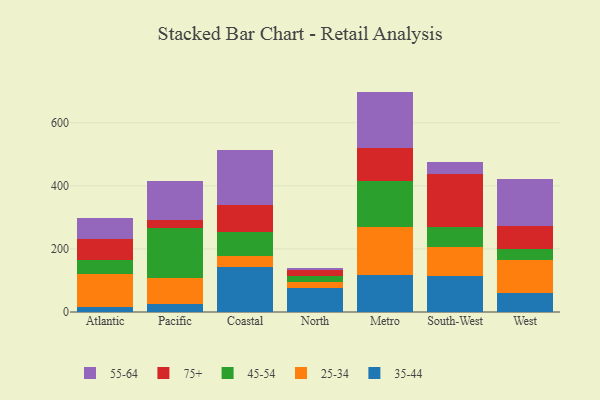
{"axis": {"x": "Region", "y": "Inventory Turnover"}, "legend": ["25-34", "35-44", "45-54", "55-64", "75+"], "data": [{"x": "Atlantic", "y": 14.3, "type": "35-44"}, {"x": "Atlantic", "y": 104.7, "type": "25-34"}, {"x": "Atlantic", "y": 46.9, "type": "45-54"}, {"x": "Atlantic", "y": 65.2, "type": "75+"}, {"x": "Atlantic", "y": 65.9, "type": "55-64"}, {"x": "Pacific", "y": 25.1, "type": "35-44"}, {"x": "Pacific", "y": 82.4, "type": "25-34"}, {"x": "Pacific", "y": 158.0, "type": "45-54"}, {"x": "Pacific", "y": 27.7, "type": "75+"}, {"x": "Pacific", "y": 122.8, "type": "55-64"}, {"x": "Coastal", "y": 143.3, "type": "35-44"}, {"x": "Coastal", "y": 33.3, "type": "25-34"}, {"x": "Coastal", "y": 77.0, "type": "45-54"}, {"x": "Coastal", "y": 86.1, "type": "75+"}, {"x": "Coastal", "y": 174.3, "type": "55-64"}, {"x": "North", "y": 77.6, "type": "35-44"}, {"x": "North", "y": 17.8, "type": "25-34"}, {"x": "North", "y": 19.7, "type": "45-54"}, {"x": "North", "y": 18.3, "type": "75+"}, {"x": "North", "y": 7.3, "type": "55-64"}, {"x": "Metro", "y": 117.2, "type": "35-44"}, {"x": "Metro", "y": 152.9, "type": "25-34"}, {"x": "Metro", "y": 146.4, "type": "45-54"}, {"x": "Metro", "y": 103.8, "type": "75+"}, {"x": "Metro", "y": 178.3, "type": "55-64"}, {"x": "South-West", "y": 114.9, "type": "35-44"}, {"x": "South-West", "y": 92.0, "type": "25-34"}, {"x": "South-West", "y": 63.3, "type": "45-54"}, {"x": "South-West", "y": 166.6, "type": "75+"}, {"x": "South-West", "y": 39.1, "type": "55-64"}, {"x": "West", "y": 59.0, "type": "35-44"}, {"x": "West", "y": 104.3, "type": "25-34"}, {"x": "West", "y": 35.6, "type": "45-54"}, {"x": "West", "y": 74.6, "type": "75+"}, {"x": "West", "y": 147.7, "type": "55-64"}]}